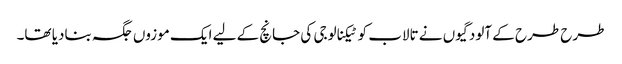
طرح طرح کے آلودگیوں نے تالاب کو ٹیکنالوجی کی جانچ کے لیے ایک موزوں جگہ بنادیا تھا۔